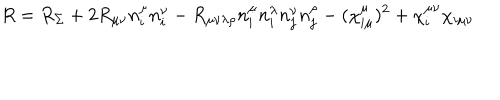
R = R _ { \Sigma } + 2 R _ { \mu \nu } n _ { i } ^ { \mu } n _ { i } ^ { \nu } - R _ { \mu \nu \lambda \rho } n _ { i } ^ { \mu } n _ { i } ^ { \lambda } n _ { j } ^ { \nu } n _ { j } ^ { \rho } - ( \chi _ { i \mu } ^ { \mu } ) ^ { 2 } + \chi _ { i } ^ { \mu \nu } \chi _ { i \mu \nu }